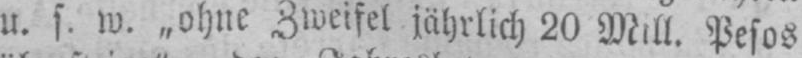
u. s w. „ohne Zweifel jährlich. 20 Mill. Pesos